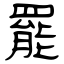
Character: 罷